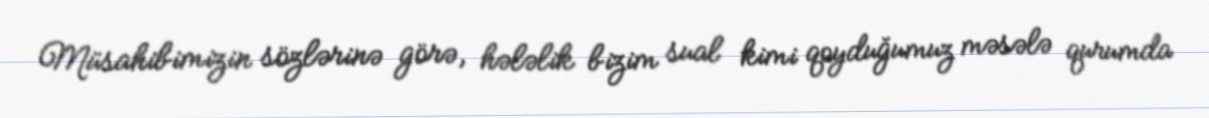
Müsahibimizin sözlərinə görə, hələlik bizim sual kimi qoyduğumuz məsələ qurumda